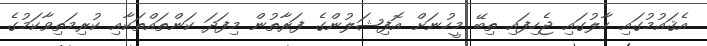
އެޤައުމުގައި ހާލުގައި ޖެހިފައި ތިބޭ މީހުނަށް އޮފިޝަލުންގެ ފަރާތުން މިފަދަ ކަންތައްތަކާއި ކުރިމަތިވާކަމުގެ